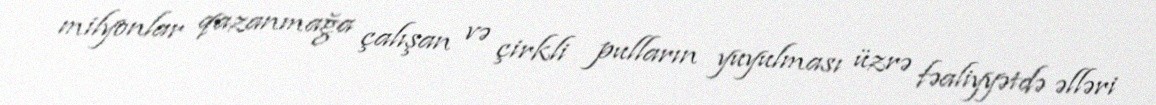
milyonlar qazanmağa çalışan və çirkli pulların yuyulması üzrə fəaliyyətdə əlləri